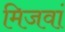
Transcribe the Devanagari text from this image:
मिजवां